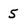
Character: 5